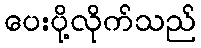
ပေးပို့လိုက်သည်